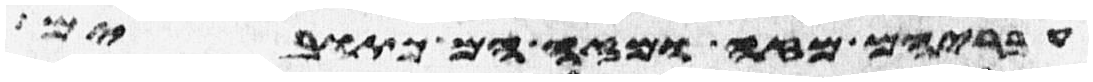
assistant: עבריהם מזה ומזה הם כתובים